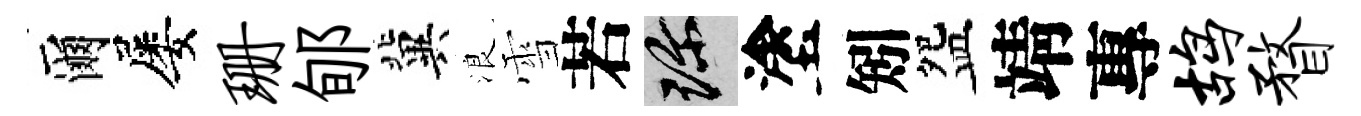
爾屡珊郇冀浪雪若珍塗矧盌靖專鸪瞀